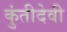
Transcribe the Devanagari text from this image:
कुंतीदेवी